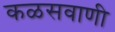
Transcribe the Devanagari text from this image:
कळसवाणी